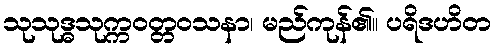
သုသုဒ္ဓသုက္ကဝတ္တဝသနာ၊ မည်ကုန်၏။ ပရိဒဟိတ